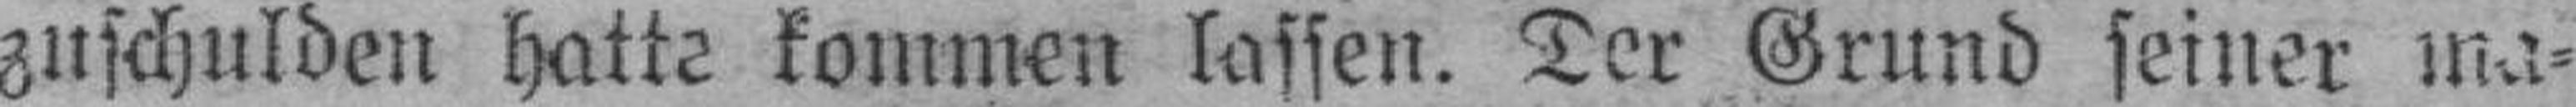
zuschulden hatte kommen lassen. Der Grund seiner ma¬